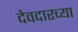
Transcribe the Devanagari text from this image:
देवदारच्या